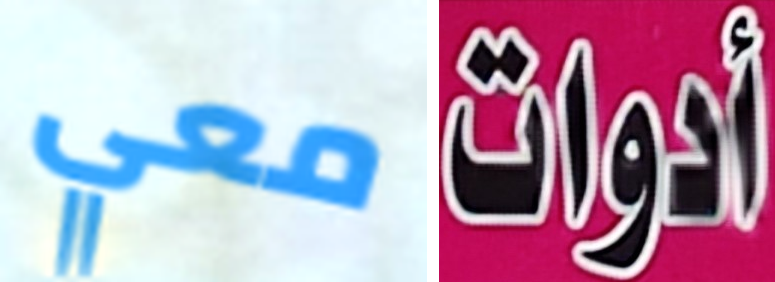
معي أدوات